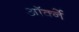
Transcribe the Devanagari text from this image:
ऑर्क्ने